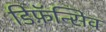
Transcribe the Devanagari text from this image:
डिफ़ॅन्सिव